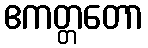
ဧကတ္တတော